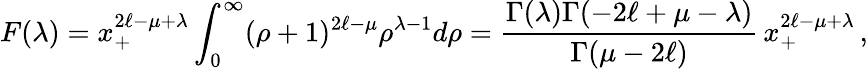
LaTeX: F(\lambda)=x_{+}^{2\ell-\mu+\lambda}\int_{0}^{\infty}(\rho+1)^{2\ell-\mu}\rho^{\lambda-1}d\rho=\frac{\Gamma(\lambda)\Gamma(-2\ell+\mu-\lambda)}{\Gamma(\mu-2\ell)}\, x_{+}^{2\ell-\mu+\lambda}\, ,